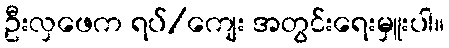
ဦးလှဖေက ရပ်/ကျေး အတွင်းရေးမှူးပါ။